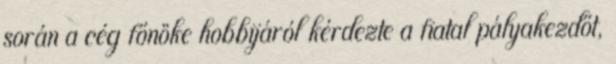
során a cég főnöke hobbijáról kérdezte a fiatal pályakezdőt,